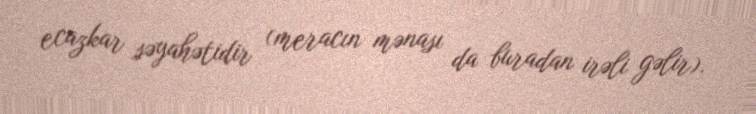
ecazkar səyahətidir (meracın mənası da buradan irəli gəlir).